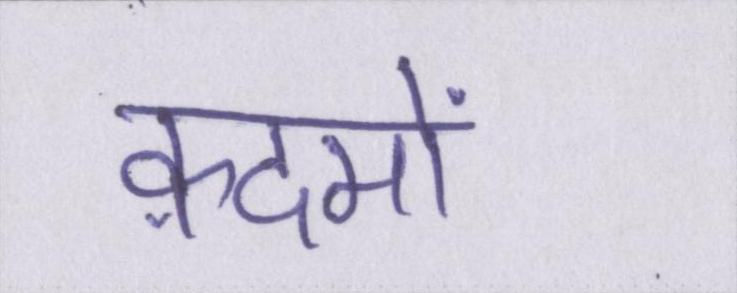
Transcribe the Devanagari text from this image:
क़दमों